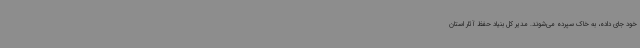
خود جای داده، به خاک سپرده می‌شوند. مدیر کل بنیاد حفظ آثار استان